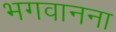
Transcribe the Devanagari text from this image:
भगवानना